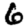
Digit: 6